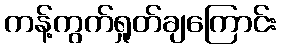
ကန့်ကွက်ရှုတ်ချကြောင်း